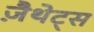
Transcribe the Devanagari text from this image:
ज़ैथेट्स